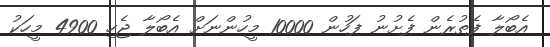
އެބޯލާ ފެތުރެން ފެށުނު ފަހުން 10000 މީހުންނަށް އެބޯލާ ޖެހި 4900 މީހަކު